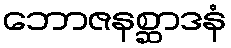
ဘောဇနစ္ဆာဒနံ